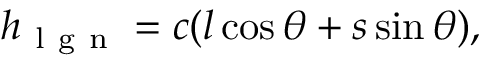
h _ { \mathrm { ~ l ~ g ~ n ~ } } = c ( l \cos \theta + s \sin \theta ) ,